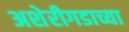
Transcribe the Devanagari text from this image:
अशेरीगडाच्या